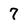
Character: 7